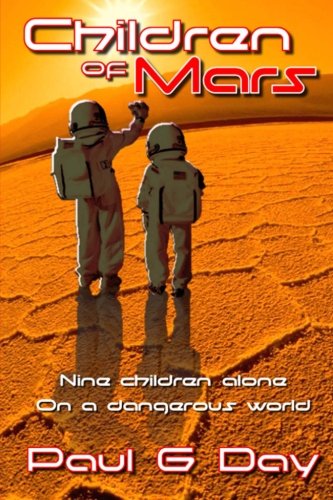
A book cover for Children of Mars; Paul G Day; Science Fiction & Fantasy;